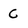
Character: C